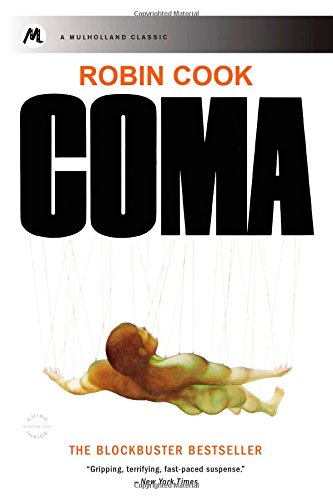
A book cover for Coma (Mulholland Classic); Robin Cook; Mystery, Thriller & Suspense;